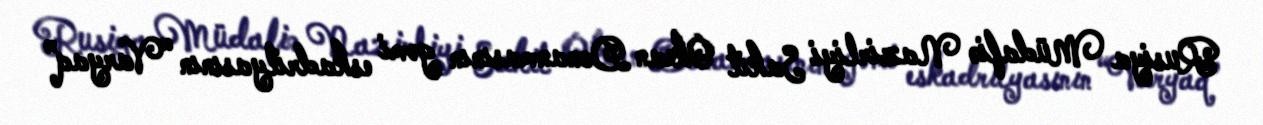
Rusiya Müdafiə Nazirliyi Sakit Okean Donanmasının gəmi eskadrilyasının “Varyaq”